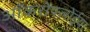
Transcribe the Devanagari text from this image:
ऑकरोफ्लोईया